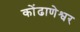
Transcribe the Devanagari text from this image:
कोंढाणेश्वर